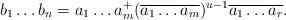
LaTeX: \begin{align*} b_1\ldots b_{n}=a_1\ldots a_m^+(\overline{a_1\ldots a_m})^{u-1}\overline{a_1\ldots a_r}.\end{align*}